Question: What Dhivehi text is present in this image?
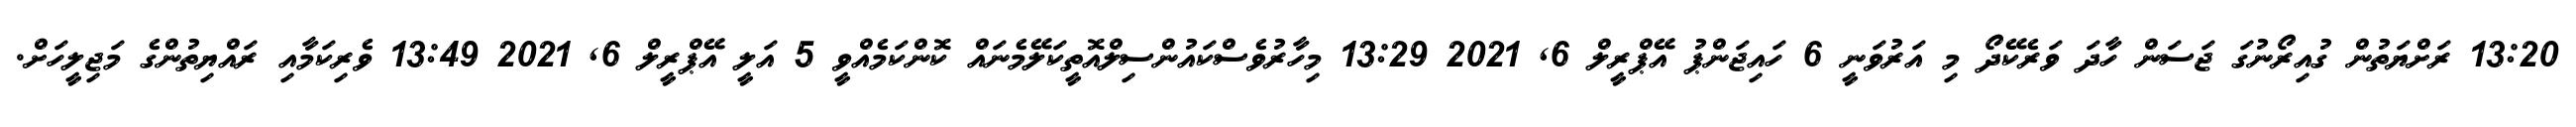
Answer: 13:20 ރަށްޔަތުން ގުއިރޯނުގަ ޖަސަން ހާދަ ވަރެކޭދޯ މި އަރުވަނީ 6 ހައިޖަންޕު އޭޕްރީލް 6, 2021 13:29 މިހާރުވެސްކައުންސިލްއޮތީކަލޭމެނައް ކޮންކަމެއްވީ 5 އަލީ އޭޕްރީލް 6, 2021 13:49 ވެރިކަމާއި ރައްޔިތުންގެ މަޖިލީހަށް.